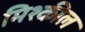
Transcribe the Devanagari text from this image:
मिश्कील